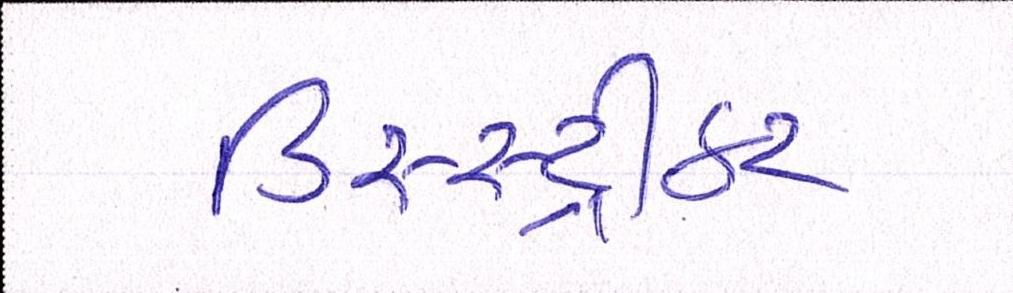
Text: ડિસ્સ્ટ્રીક્ટ